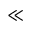
\ll